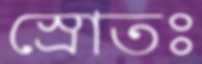
স্রোতঃ